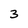
Character: 3